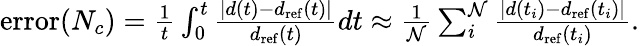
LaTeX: \begin{array}{r}{\mathrm{error}(N_{c})=\frac{1}{t}\int_{0}^{t}\frac{|d(t)-d_{\mathrm{ref}}(t)|}{d_{\mathrm{ref}}(t)}dt\approx\frac{1}{\mathcal{N}}\sum_{i}^{\mathcal{N}}\frac{|d(t_{i})-d_{\mathrm{ref}}(t_{i})|}{d_{\mathrm{ref}}(t_{i})}.}\end{array}